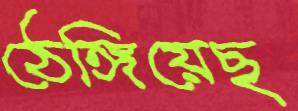
ঠেঙ্গিয়েছ